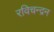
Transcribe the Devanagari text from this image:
रविचन्द्रन